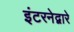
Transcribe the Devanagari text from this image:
इंटरनेद्वारे